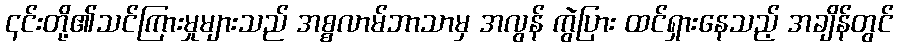
၎င်းတို့၏သင်ကြားမှုများသည် အစ္စလာမ်ဘာသာမှ အလွန် ကွဲပြား ထင်ရှားနေသည့် အချိန်တွင်